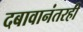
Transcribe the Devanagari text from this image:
दबावानंतरही